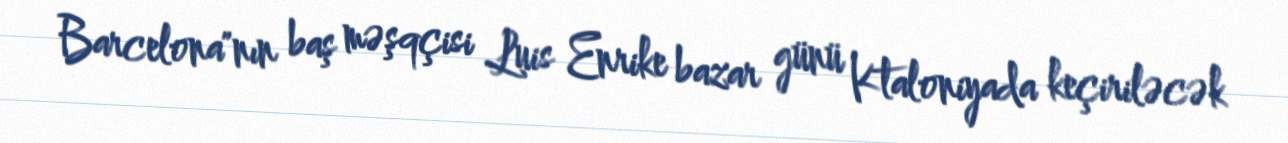
Barcelona"nın baş məşqçisi Luis Enrike bazar günü Ktaloniyada keçiriləcək